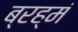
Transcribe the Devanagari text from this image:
ब्रह्मं